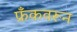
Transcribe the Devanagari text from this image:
फ्रँकवरून